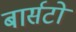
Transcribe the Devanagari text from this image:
बार्सटो